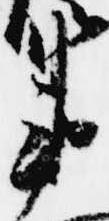
衛